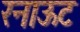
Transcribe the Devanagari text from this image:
रनाऊट